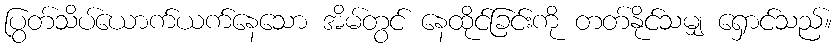
ပြွတ်သိပ်ယောက်ယက်နေသော အိမ်တွင် နေထိုင်ခြင်းကို တတ်နိုင်သမျှ ရှောင်သည်။